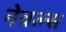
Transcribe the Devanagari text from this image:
नेवल्स